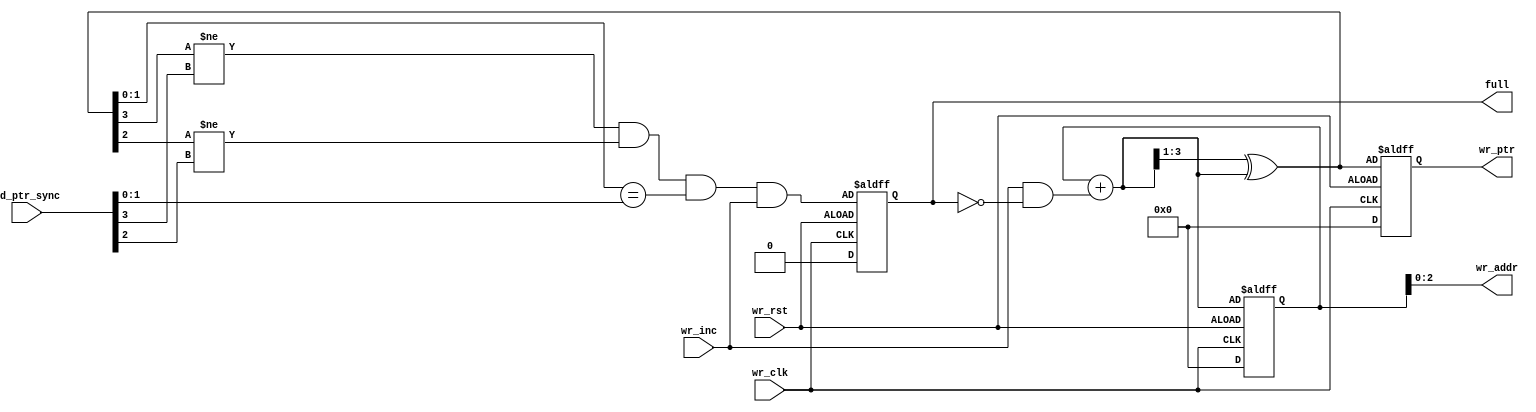
module wptr_full #(parameter add_size = 3)
(output reg full,
output [add_size-1:0] wr_addr,  // write address
output reg [add_size :0] wr_ptr,  //  write pointer
input [add_size :0] rd_ptr_sync,  // read pointer after synchronization
input wr_inc, wr_clk, wr_rst);   // write increment, write clock, write reset
reg [add_size:0] wbin; // write pointer in binary format
wire [add_size:0] wgraynext, wbinnext;  //write gray next, write binary next
wire wfull_val;

assign wr_addr = wbin[add_size-1:0];
assign wbinnext = wbin + (wr_inc & ~full);
assign wgraynext = (wbinnext>>1) ^ wbinnext;

assign wfull_val=(((wgraynext[add_size] !=rd_ptr_sync[add_size] ) && (wgraynext[add_size-1] !=rd_ptr_sync[add_size-1]) 
                    && (wgraynext[add_size-2:0]==rd_ptr_sync[add_size-2:0]) && wr_inc) );  // full flag assignment logic
 
always @(posedge wr_clk or posedge wr_rst)
begin
if (!wr_rst) 
{wbin, wr_ptr} <= 0;
else 
{wbin, wr_ptr} <= {wbinnext, wgraynext};
end

always @(posedge wr_clk or posedge wr_rst)
begin
if (!wr_rst) 
full <= 1'b0;
else 
full <= wfull_val;
end
endmodule